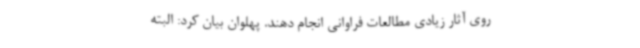
روی آثار زیادی مطالعات فراوانی انجام دهند. پهلوان بیان کرد: البته